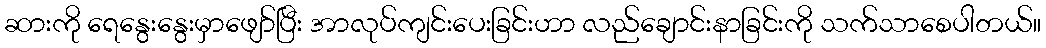
ဆားကို ရေနွေးနွေးမှာဖျော်ပြီး အာလုပ်ကျင်းပေးခြင်းဟာ လည်ချောင်းနာခြင်းကို သက်သာစေပါတယ်။